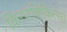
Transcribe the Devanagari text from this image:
किरणचिकित्सा